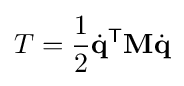
T={\frac {1}{2}}{\dot {\mathbf {q} }}^{\textsf {T}}\mathbf {M} {\dot {\mathbf {q} }}